Scottish Certificate of Education, 1962
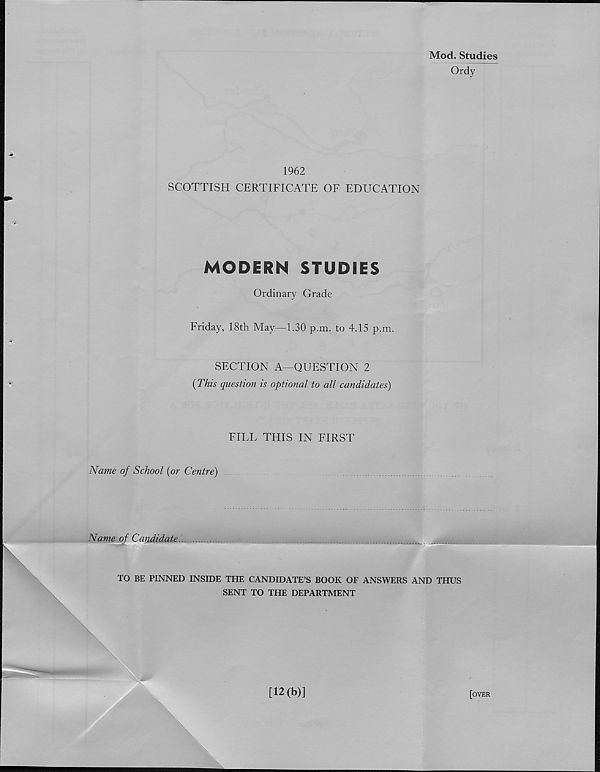
Mod. Studies
Ordy
1962
SCOTTISH CERTIFICATE OF EDUCATION
MODERN STUDIES
Ordinary Grade
Friday, 18th May—1.30 p.m. to 4.15 p.m.
SECTION A—QUESTION 2
(This question is optional to all candidates)
FILL THIS IN FIRST
Name of School (or Centre)
Name of Candidate
TO BE PINNED INSIDE THE CANDIDATE’S BOOK OF ANSWERS AND THUS
SENT TO THE DEPARTMENT
[12(b)]
[over